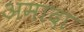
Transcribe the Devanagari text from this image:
अमादा